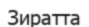
Зиратта